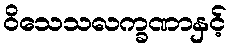
ဝိသေသလက္ခဏာနှင့်